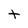
Character: t